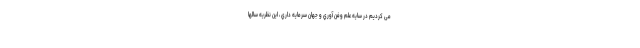
می کردیم در سايه علم وفن آوري و جهان سرمايه داري ، این نظريه سالها